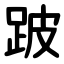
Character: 跛